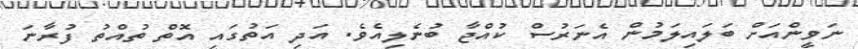
ނަވީންއަށް ބަލައިލަމުން އެނަރުސް ކުއްޖާ ބުނެލިއެވެ. އަދި އަތުގައި އޮތް ތުއްތު ފުރާނަ